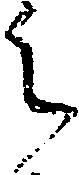
之